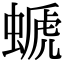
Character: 螔